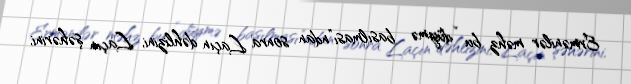
Ermənilər məhz bu “düymə basılması”ndan sonra Laçın dəhlizini, Laçın şəhərini,